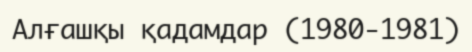
Алғашқы қадамдар (1980-1981)